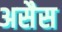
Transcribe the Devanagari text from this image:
असैस